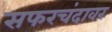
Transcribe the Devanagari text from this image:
सफरचंदावर